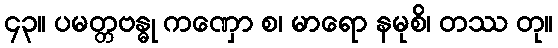
၄၃။ ပမတ္တဗန္ဓု ကဏှော စ၊ မာရော နမုစိ၊ တဿ တု။